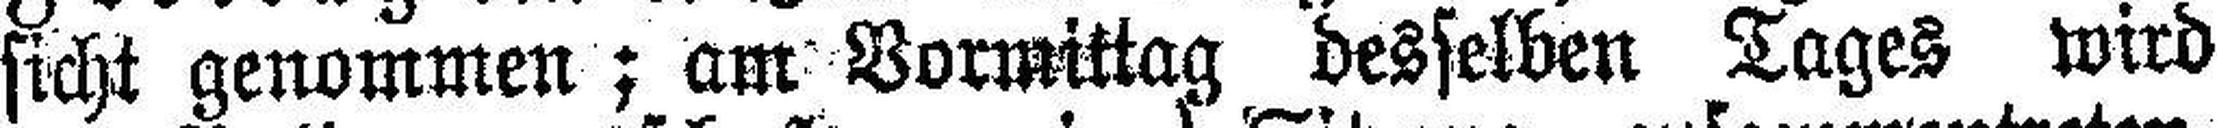
sicht genommen; am Vormittag desselben Tages wird